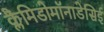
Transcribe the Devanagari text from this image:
क्लैमिडोमॉनाडेसिई